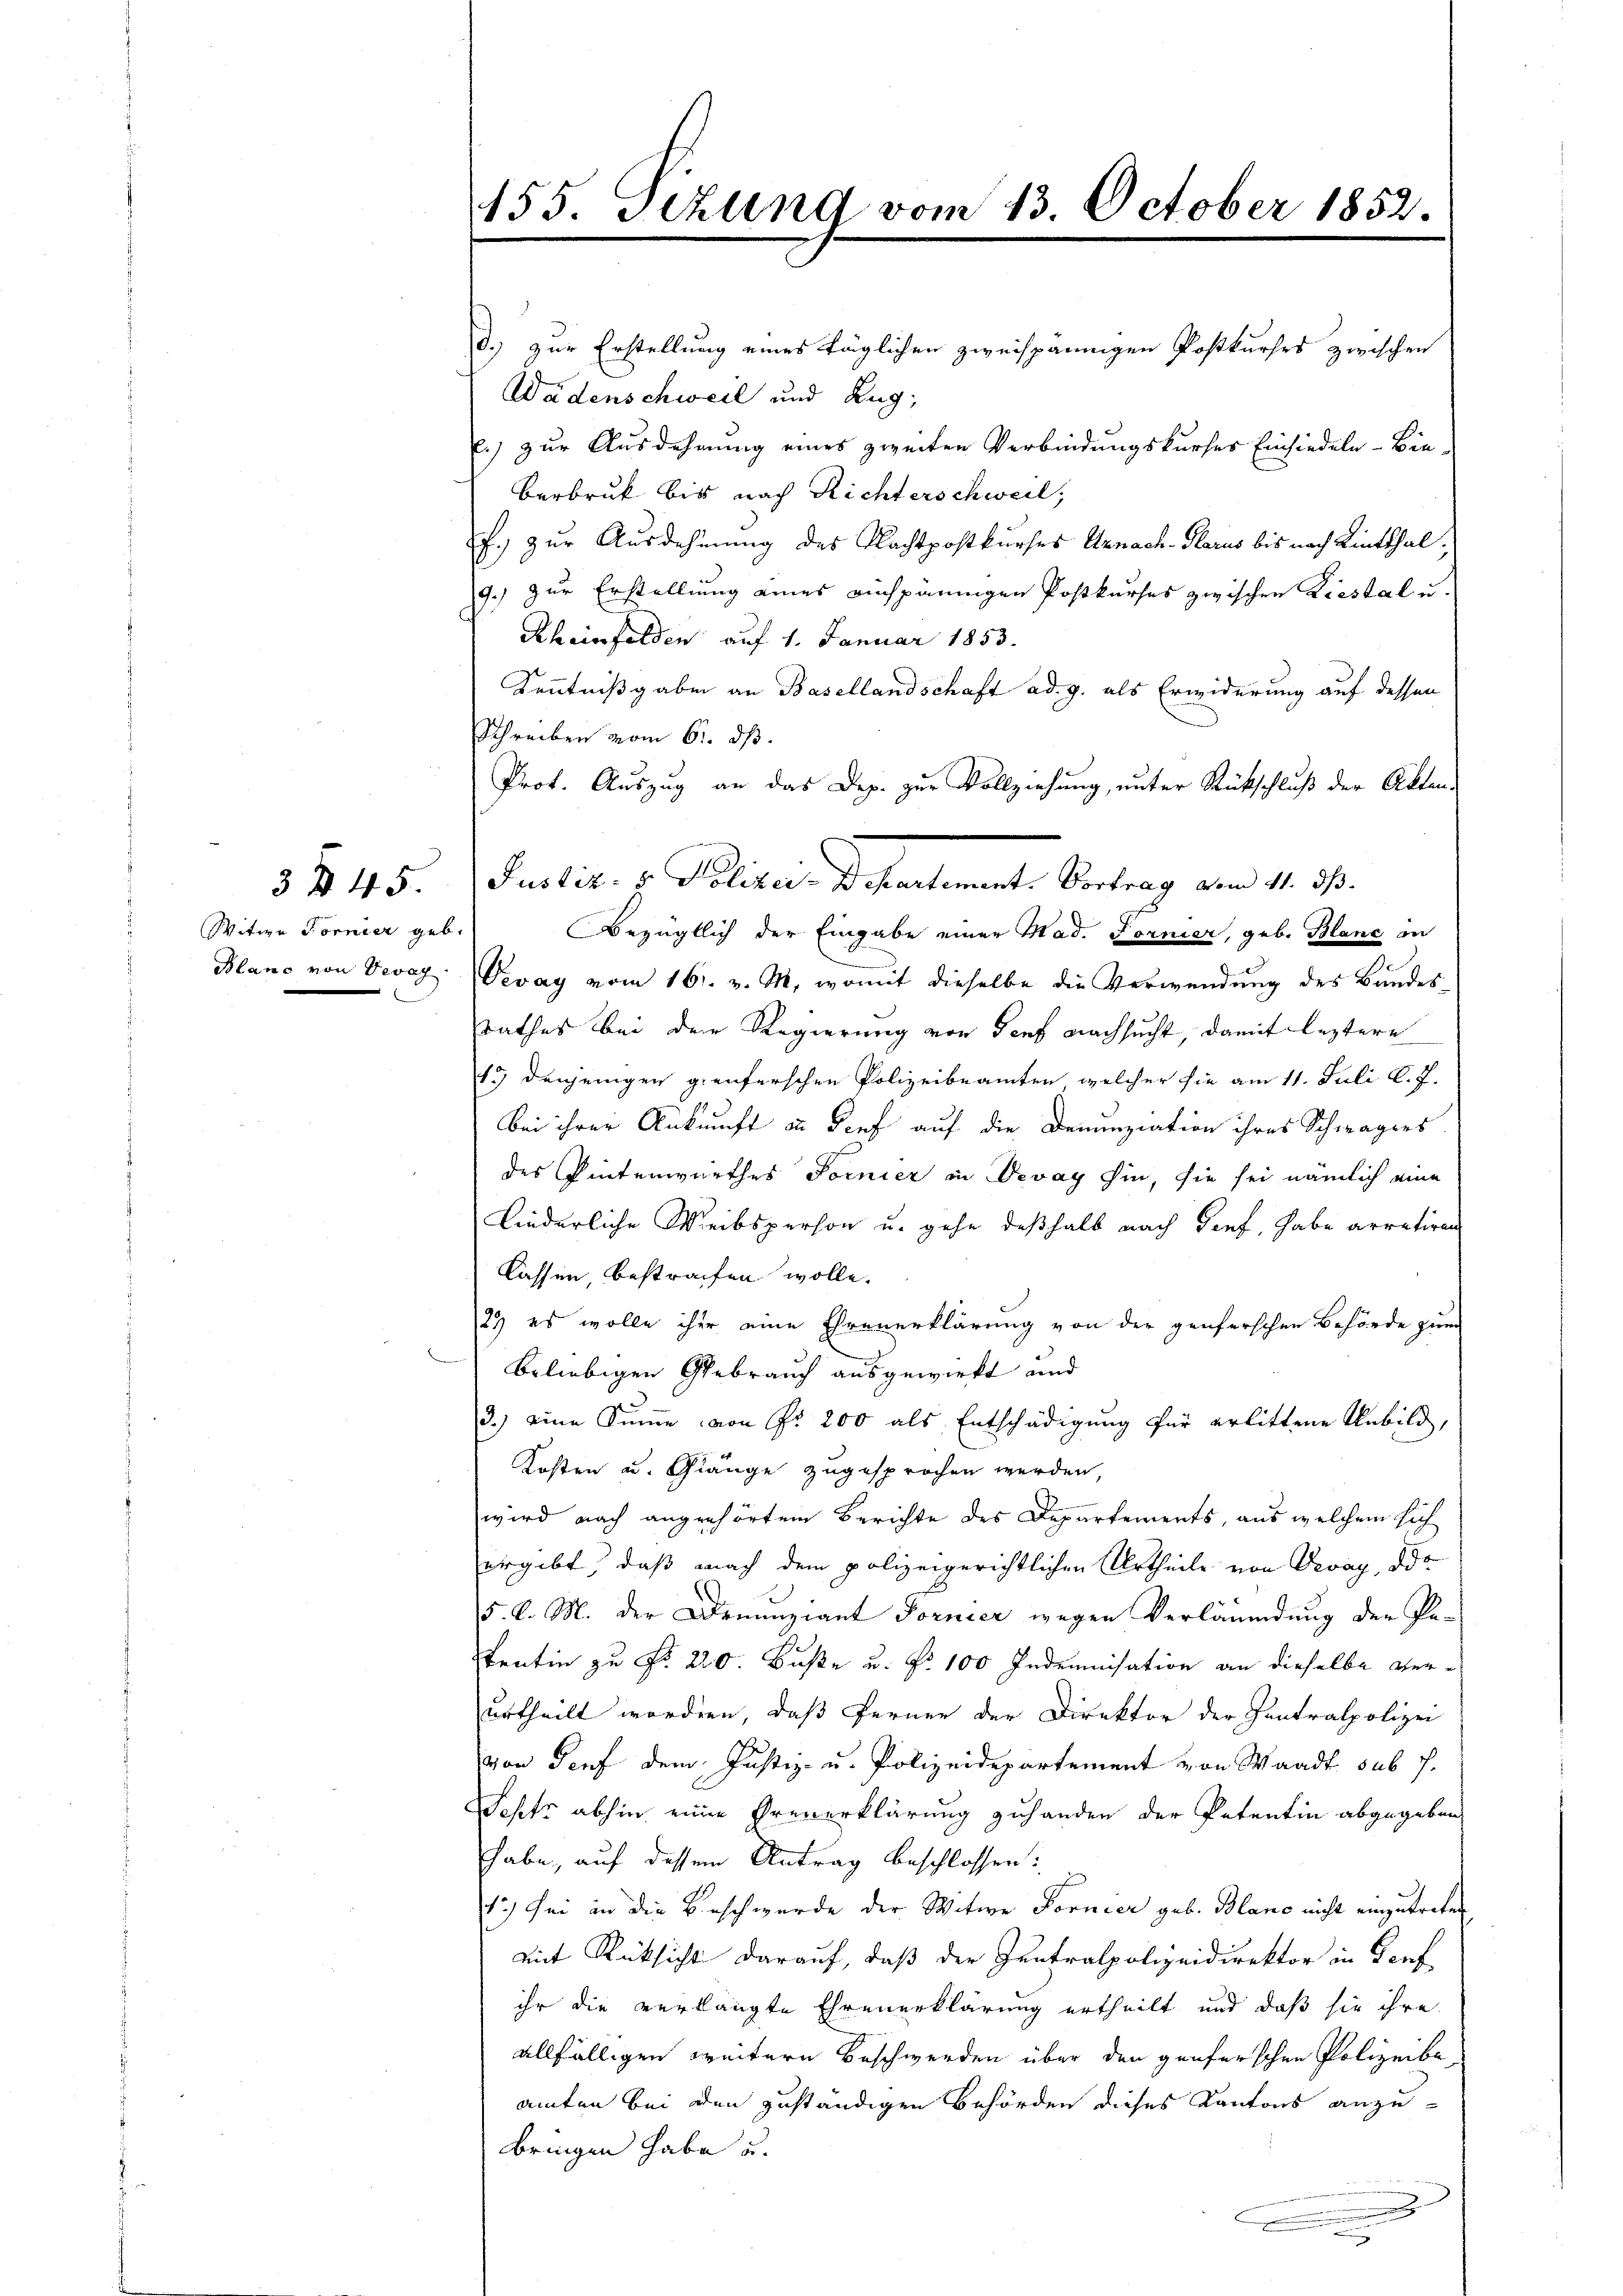
Witwe Fornier geb
Blanc von Vevag

3 f 45

155. Sizung vom 23. October 1852

d.) zur Erstellung eines täglichen zweispännigen Postkurses zwischen
Wädenschweil und Zug,
e.) zur Ausdehnung eines zweiten Verbindungskurses Einsiedeln- Bie-
Berbruk bis nach Richterschweil,
f. zur Ausdehnung des Nachtpostkurses Urnach Glarus bis nach Linthal¬
9.) zur Erstellung eines einspännigen Postkurses zwischen Liestal u.
Scheinfelden auf 1. Januar 1853.
Kenntnißgaben an Basellandschaft ad. g. als Erwiderung auf dessen
Schreiben vom 6. ds.
Prof. Auszug an das Dep. zur Vollziehung, unter Rückschluß der Akten-
Justiz- & Polizei-Departement. Vortrag vom 11. ds.
Bezüglich der Eingabe einer Mad. Fornier, geb. Blanc in
Vevay vom 16. v. M., womit dieselbe die Verwendung des Bundes¬
Rathes bei der Regierung von Senf nachsucht, damit leztere
15) denjenigen gienferschen Polizeibeamten, welcher sie am 11. Juli l. J.
bei ihrer Ankunft in Dorf auf die Denunziation ihres Schwägers
des Pintenwurthes Fornier in Devay hin, sie sei nämlich eine
Liederliche Weibsperson u. gehe deßhalb nach Genf, habe arretiren
Cassen bestrafen wolle.
23 es wolle ihm eine Ehrenerklärung von der genferschen Behörde zum
beliebigen Gebrauch ausgewirkt und
3.) eine Summe von Fr. 200 als Entschädigung für erlittene Unbild,
Kosten u. Gänge zugesprochen werden,
wird nach angehörtem Berichte des Departements, aus welchem sich
ergibt, daß nach dem polizeigerichtlichen Urtheile von Vevey, die
5. d. M. der Denunziant Fornier wegen Verläumdung der Pe-
Tentin zu No 220. Buße u. Nr. 100 Indemnisation an dieselbe verurtheilt worden, daß Ferner der Direktor der Zentralpolizei
von Torf dem Justiz- u. Polizeidepartement von Waadt sub 7.
Sopfs abhin einen Ehrenerklärung zuhanden der Petentin abgegeben,
habe, auf dessen Antrag beschlossen:
1.) Sei in die Beschwerde der Witwe Fornier geb. Blanc nicht einzutreten
mit Rücksicht darauf, daß der Zentralpolizeidirektor in Torf
ihr die verlangte Ehrenerklärung ertheilt und daß sie ihre
allfälligen weitern Beschwerden über den genferschen Polizeibe
amten bei den zuständigen Behörden dieses Kantons anzubringen habe u.
.
n